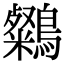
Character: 𪆶